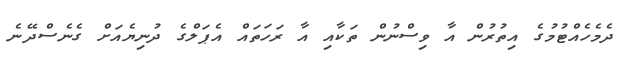
ދެމެހެއްޓުމުގެ އިތުރުން އާ ވިސްނުން ތަކާއި އާ ރަހަތައް އެޕަލްގެ ދުނިޔެއަށް ގެނެސްދޭނެ